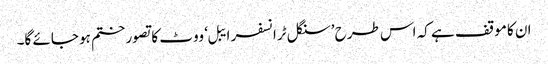
ان کا موقف ہے کہ اس طرح ’سنگل ٹرانسفر ایبل‘ ووٹ کا تصور ختم ہو جائے گا۔